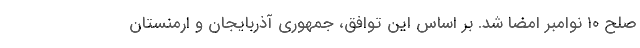
صلح ۱۰ نوامبر امضا شد. بر اساس این توافق، جمهوری آذربایجان و ارمنستان